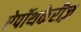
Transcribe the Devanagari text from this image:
ऐपॉथकेरीज़